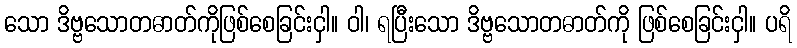
သော ဒိဗ္ဗသောတဓာတ်ကိုဖြစ်စေခြင်းငှါ။ ဝါ၊ ရပြီးသော ဒိဗ္ဗသောတဓာတ်ကို ဖြစ်စေခြင်းငှါ။ ပရိ